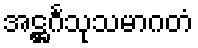
အဋ္ဌင်္ဂသုသမာဂတံ